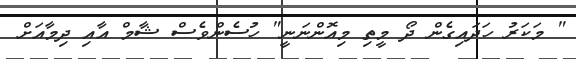
" މަކަރު ހަދައިގެން ދޯ މީތި މިއޮންނަނީ" ހުސެންވެސް ޝާމް އާއި ދިމާއަށް